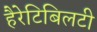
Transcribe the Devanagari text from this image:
हैरेटिबिलटी